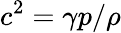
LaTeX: c^{2}=\gamma p/\rho